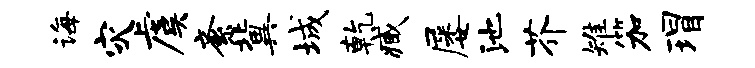
诲灾虞紊冀城乾臧屡池芥雉笳瑁